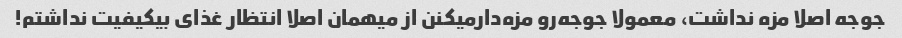
جوجه اصلا مزه نداشت، معمولا جوجه‌رو مزه‌دارمیکنن از میهمان اصلا انتظار غذای بیکیفیت نداشتم!